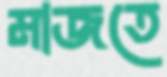
মাজতে